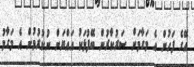
އޭގެ ފަހުން އެ މަގާމަށް ސަރުކާރުން ބޭފުޅަކު އައްޔަން ނުކުރުމުން އެ މަގާމު